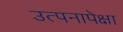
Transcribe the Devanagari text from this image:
उत्पनापेक्षा